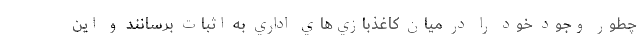
چطور وجود خود را در ميان كاغذبازي‌هاي اداري به اثبات برسانند و اين